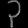
Digit: ၃